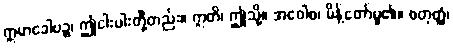
ဣမာခေါပဉ္စ၊ ဤငါးပါးတို့တည်း။ ဣတိ၊ ဤသို့။ အဝေါစ၊ မိန့်တော်မူ၏။ စတုတ္ထံ၊